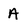
Character: A